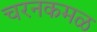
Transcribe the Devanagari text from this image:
चरनकमळ